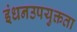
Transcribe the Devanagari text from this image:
इंधनउपयुक्तता